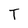
Character: T